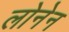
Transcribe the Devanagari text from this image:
लोनेन